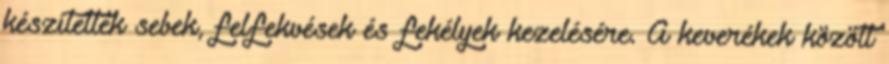
készítettek sebek, felfekvések és fekélyek kezelésére. A keverékek között